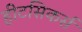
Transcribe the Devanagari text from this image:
हीटसिकर्स